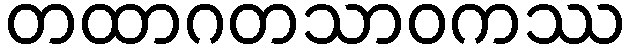
တထာဂတသာဝကဿ